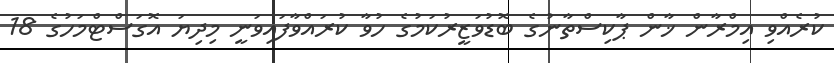
ކުރެއްވި އިމްރާން ޚާން ޕާކިސްތާނުގެ ބޮޑުވަޒީރުކަމުގެ ހުވާ ކުރައްވާފައިވަނީ މިދިޔަ އޮގަސްޓްމަހުގެ 18